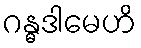
ဂန္ဓဒါမေဟိ